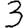
Digit: 3